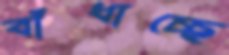
বাঁধাচ্ছে